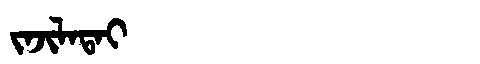
Manchu: ᠵᠠᠵᡳᠯᠠᡨᠠᡳ
Romanization: JAJILATAI